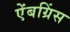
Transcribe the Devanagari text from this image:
ऐंबग्रिंस